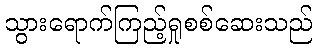
သွားရောက်ကြည့်ရှုစစ်ဆေးသည်